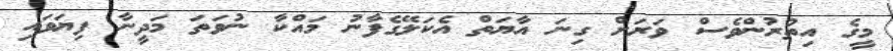
މީގެ އިތުރުންވެސް ވަރަށް ގިނަ އާޔަތް އެކަލޭގެފާނު މައްކާ ނުވަތަ މަދީނާ ފިޔަވައި